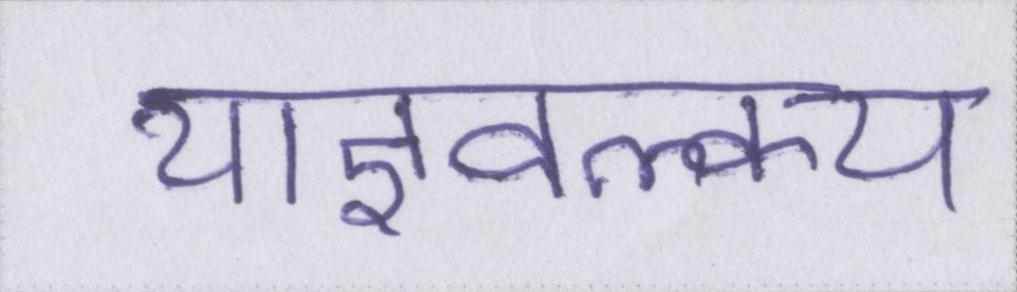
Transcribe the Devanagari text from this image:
याज्ञवल्क्य